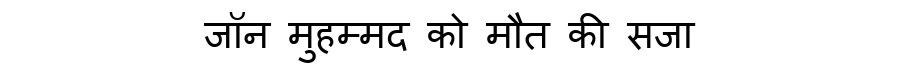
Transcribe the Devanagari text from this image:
जॉन मुहम्मद को मौत की सजा